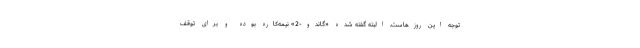
توجه این روزهاست. البته گفته شده «گاندو-2» نیمه‌کاره بوده و برای توقف